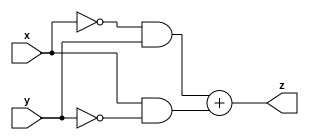
module boolenfunction(x,y,z);

input x,y ;
output z;

assign z=((~x&y)+(x&~y));



endmodule